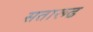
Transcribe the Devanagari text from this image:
सतारूढ